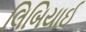
લિબિયાઈ